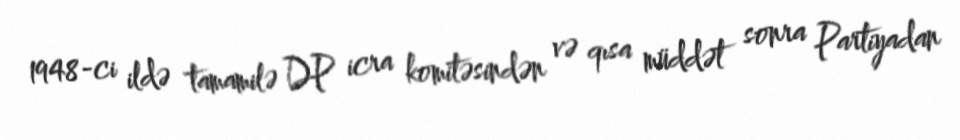
1948-ci ildə tamamilə DP icra komitəsindən və qısa müddət sonra Partiyadan